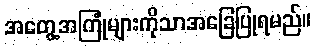
အတွေ့အကြုံများကိုသာအခြေပြုရမည်။